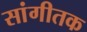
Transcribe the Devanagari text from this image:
सांगीतक